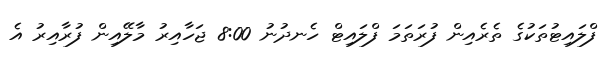
ފްލައިޓުތަކުގެ ތެރެއިން ފުރަތަމަ ފްލައިޓް ހެނދުނު 8:00 ޖަހާއިރު މާލޭއިން ފުރާއިރު އެ